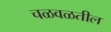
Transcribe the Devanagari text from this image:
चळवळतील